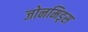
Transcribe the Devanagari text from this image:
जोनमिड्स